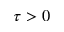
\tau > 0